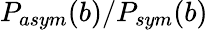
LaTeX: P_{asym}(b)/P_{sym}(b)